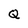
Character: Q